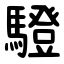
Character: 䮴